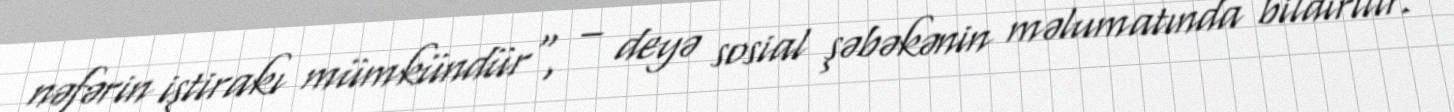
nəfərin iştirakı mümkündür", – deyə sosial şəbəkənin məlumatında bildirilir.